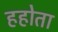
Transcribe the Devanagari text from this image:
हहोता